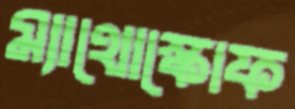
ম্যাথোস্কোফ